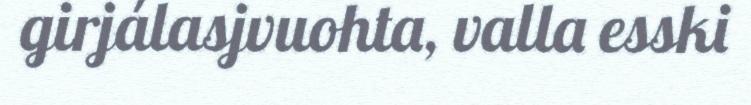
girjálasjvuohta, valla esski